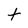
Character: t